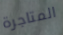
المتاجرة